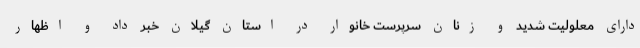
دارای معلولیت شدید و زنان سرپرست خانوار در استان گیلان خبر داد و اظهار